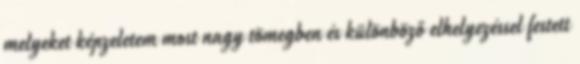
melyeket képzeletem most nagy tömegben és különböző elhelyezéssel festett